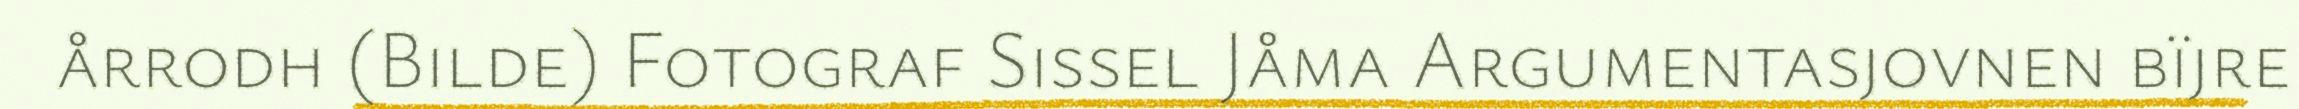
årrodh (Bilde) Fotograf Sissel Jåma Argumentasjovnen bïjre